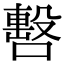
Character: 𠿉